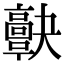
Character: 𩫠